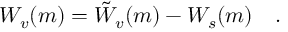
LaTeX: W _ { v } ( m ) = \tilde { W } _ { v } ( m ) - W _ { s } ( m ) ~ ~ ~ .